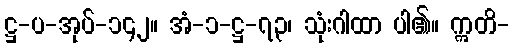
ဋ္ဌ-ပ-အုပ်-၁၄၂။ အံ-၁-ဋ္ဌ-၇၃၊ သုံးဂါထာ ပါ၏။ ဣတိ-